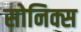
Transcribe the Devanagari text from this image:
सोनिक्स